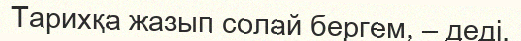
Тарихқа жазып солай бергем, – деді.